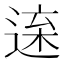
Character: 𨓫